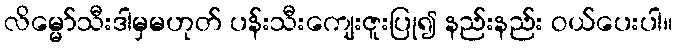
လိမ္မော်သီးဒါမှမဟုတ် ပန်းသီးကျေးဇူးပြု၍ နည်းနည်း ဝယ်ပေးပါ။